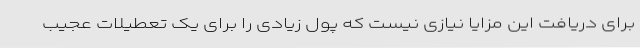
برای دریافت این مزایا نیازی نیست که پول زیادی را برای یک تعطیلات عجیب